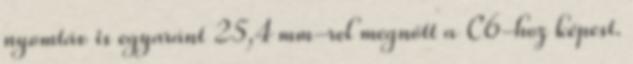
nyomtáv is egyaránt 25,4 mm-rel megnőtt a C6-hoz képest.